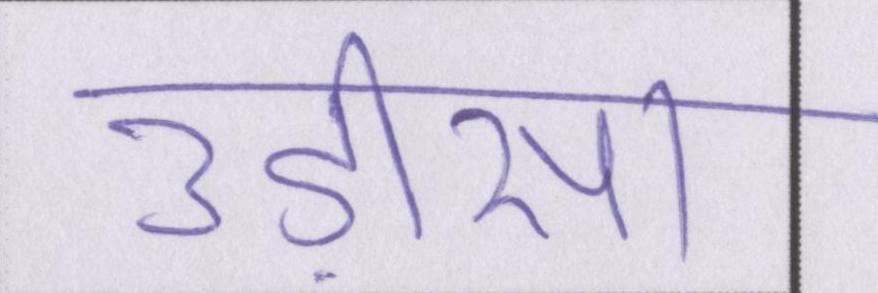
उड़ीसा